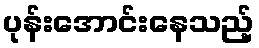
ပုန်းအောင်းနေသည့်